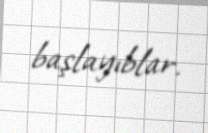
başlayıblar.